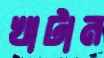
খাটান